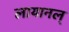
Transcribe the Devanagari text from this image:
लायानल्